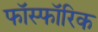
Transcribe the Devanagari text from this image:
फॉस्फॉरिक